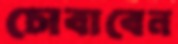
চোবাবেন